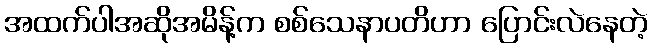
အထက်ပါအဆိုအမိန့်က စစ်သေနာပတိဟာ ပြောင်းလဲနေတဲ့